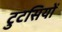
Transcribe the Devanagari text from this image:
टुटसियों